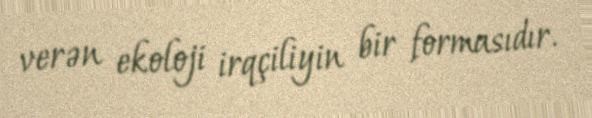
verən ekoloji irqçiliyin bir formasıdır.